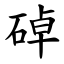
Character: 䂽